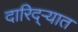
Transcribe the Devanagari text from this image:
दारिद्‌ऱ्यात